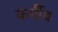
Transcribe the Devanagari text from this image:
कर्मीय